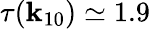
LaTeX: \tau(\mathbf{k}_{10})\simeq{1.9}